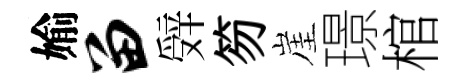
媮留辤笏崖璟棺